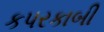
કપરકાબી